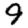
Digit: 9